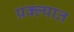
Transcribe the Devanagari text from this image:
प्रक्ल्पात